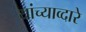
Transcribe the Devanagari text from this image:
यांच्याव्दारे